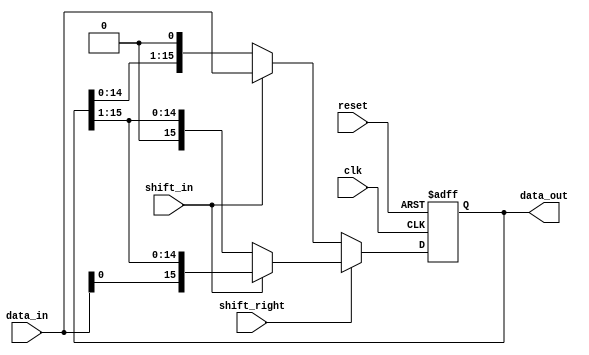
module UniversalShiftRegister (
  input wire clk,
  input wire reset,
  input wire shift_right,
  input wire shift_in,
  input wire [15:0] data_in,
  output wire [15:0] data_out
);

  reg [15:0] shift_reg;

  always @(posedge clk or posedge reset) begin
    if (reset) begin
      shift_reg <= 16'b0;
    end else begin
      if (shift_right) begin
        if (shift_in) begin
          shift_reg <= {data_in[0], shift_reg[15:1]};
        end else begin
          shift_reg <= shift_reg >> 1;
        end
      end else begin
        if (shift_in) begin
          shift_reg <= {shift_reg[14:0], data_in};
        end else begin
          shift_reg <= shift_reg << 1;
        end
      end
    end
  end

  assign data_out = shift_reg;

endmodule